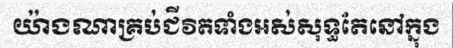
យ៉ាងណាគ្រប់ជីវិតទាំងអស់សុទ្ធតែនៅក្នុង